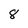
Character: 8